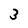
Character: 3